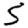
Digit: 5